Report of the Indian Hemp Drugs Commission, 1894-1895 - Volume IV
Year: 1894
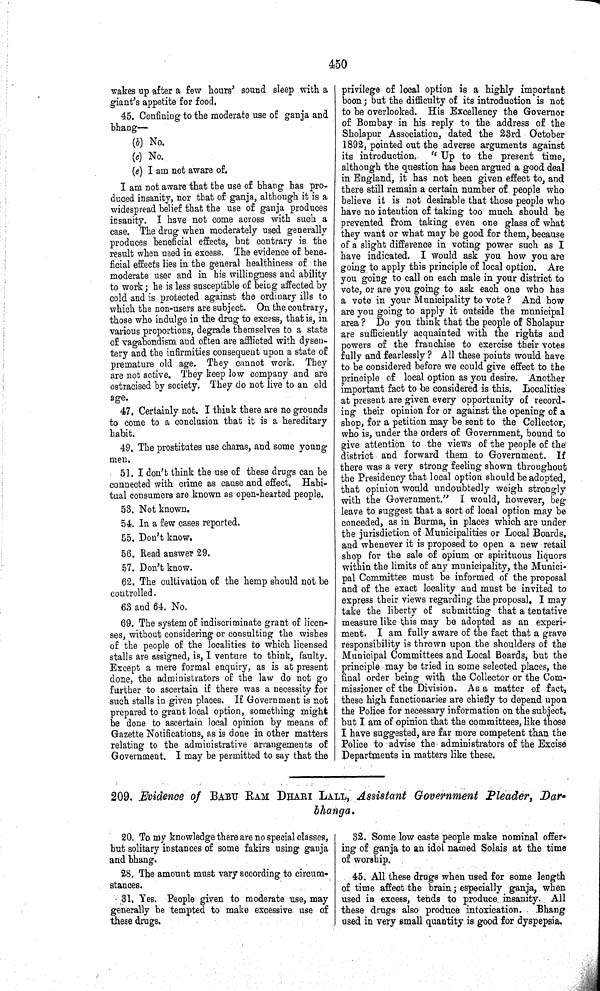
450
wakes up after a few hours' sound sleep with a
giant's appetite for food.
45. Confining to the moderate use of ganja and
bhang—
(b) No.
(c) No.
(e) I am not aware of.
I am not aware that the use of bhang has pro-
duced insanity, nor that of ganja, although it is a
widespread belief that the use of ganja produces
insanity. I have not come across with such a
case. The drug when moderately used generally
produces beneficial effects, but contrary is the
result when used in excess. The evidence of bene-
ficial effects lies in the general healthiness of the
moderate user and in his willingness and ability
to work; he is less susceptible of being affected by
cold and is protected against the ordinary ills to
which the non-users are subject. On the contrary,
those who indulge in the drug to excess, that is, in
various proportions, degrade themselves to a state
of vagabondism and often are afflicted with dysen-
tery and the infirmities consequent upon a state of
premature old age. They cannot work. They
are not active. They keep low company and are
ostracised by society. They do not live to an old
age.
47. Certainly not. I think there are no grounds
to come to a conclusion that it is a hereditary
habit.
49. The prostitutes use charas, and some young
men.
51. I don't think the use of these drugs can be
connected with crime as cause and effect. Habi-
tual consumers are known as open-hearted people.
53. Not known.
54. In a few cases reported.
55. Don't know.
56. Read answer 29.
57. Don't know.
62. The cultivation of the hemp should not be
controlled.
63 and 64. No.
69. The system of indiscriminate grant of licen-
ses, without considering or consulting the wishes
of the people of the localities to which licensed
stalls are assigned, is, I venture to think, faulty.
Except a mere formal enquiry, as is at present
done, the administrators of the law do not go
further to ascertain if there was a necessity for
such stalls in given places. If Government is not
prepared to grant local option, something might
be done to ascertain local opinion by means of
Gazette Notifications, as is done in other matters
relating to the administrative arrangements of
Government. I may be permitted to say that the
privilege of local option is a highly important
boon; but the difficulty of its introduction is not
to be overlooked. His Excellency the Governor
of Bombay in his reply to the address of the
Sholapur Association, dated the 23rd October
1892, pointed out the adverse arguments against
its introduction.
"Up
to the present time,
although the question has been argued a good deal
in England, it has not been given effect to, and
there still remain a certain number of people who
believe it is not desirable that those people who
have no intention of taking too much should be
prevented from taking even one glass of what
they want or what may be good for them, because
of a slight difference in voting power such as I
have indicated. I would ask you how you are
going to apply this principle of local option. Are
you going to call on each male in your district to
vote, or are you going to ask each one who has
a vote in your Municipality to vote? And how
are you going to apply it outside the municipal
area? Do you think that the people of Sholapur
are sufficiently acquainted with the rights and
powers of the franchise to exercise their votes
fully and fearlessly? All these points would have
to be considered before we could give effect to the
principle of local option as you desire. Another
important fact to be considered is this. Localities
at present are given every opportunity of record-
ing their opinion for or against the opening of a
shop, for a petition may be sent to the Collector,
who is, under the orders of Government, bound to
give attention to the views of the people of the
district and forward them to Government. If
there was a very strong feeling shown throughout
the Presidency that local option should be adopted,
that opinion would undoubtedly weigh strongly
with the Government." I would, however, beg
leave to suggest that a sort of local option may be
conceded, as in Burma, in places which are under
the jurisdiction of Municipalities or Local Boards,
and whenever it is proposed to open a new retail
shop for the sale of opium or spirituous liquors
within the limits of any municipality, the Munici-
pal Committee must be informed of the proposal
and of the exact locality and must be invited to
express their views regarding the proposal. I may
take the liberty of submitting that a tentative
measure like this may be adopted as an experi-
ment. I am fully aware of the fact that a grave
responsibility is thrown upon the shoulders of the
Municipal Committees and Local Boards, but the
principle may be tried in some selected places, the
final order being with the Collector or the Com-
missioner of the Division. As a matter of fact,
these high functionaries are chiefly to depend upon
the Police for necessary information on the subject,
but I am of opinion that the committees, like those
I have suggested, are far more competent than the
Police to advise the administrators of the Excise
Departments in matters like these.
209. Evidence of BABU RAM DHARI LALL, Assistant Government Pleader, Dar-
bhanga.
20. To my knowledge there are no special classes,
but solitary instances of some fakirs using ganja
and bhang.
28. The amount must vary according to circum-
stances.
31. Yes. People given to moderate use, may
generally be tempted to make excessive use of
these drugs.
32. Some low caste people make nominal offer-
ing of ganja to an idol named Solais at the time
of worship.
45. All these drugs when used for some length
of time affect the brain; especially ganja, when
used in excess, tends to produce insanity. All
these drugs also produce intoxication.
Bhang
used in very small quantity is good for dyspepsia.